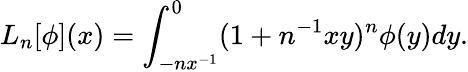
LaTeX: L_{n}[\phi](x)=\int_{-nx^{-1}}^{0}(1+n^{-1}xy)^{n}\phi(y)dy.